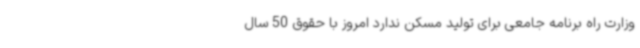
وزارت راه برنامه جامعی برای تولید مسکن ندارد امروز با حقوق 50 سال